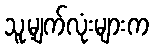
သူ့မျက်လုံးများက